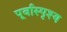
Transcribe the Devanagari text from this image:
पूर्वास्पृश्य